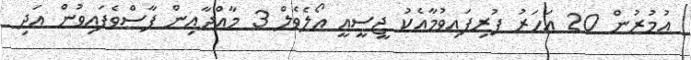
އުމުރުން 20 އަހަރު ފުރިފައިވުމާއެކު ޖީސީއީ އޯލެވެލް 3 މާއްދާއިން ފާސްވެފައިވުން އަދި